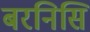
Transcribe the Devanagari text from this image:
बरनिसि